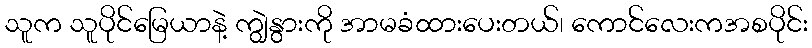
သူက သူပိုင်မြေယာနဲ့ ကျွဲနွားကို အာမခံထားပေးတယ်၊ ကောင်လေးကအစပိုင်း